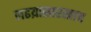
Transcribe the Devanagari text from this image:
लढय़ासारखाच